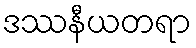
ဒဿနီယတရာ